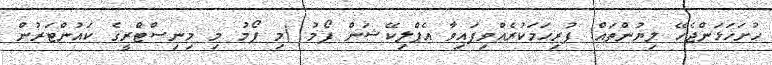
ހުށަހަޅަންޖެހޭ ލިޔުންތައް: ފުރިހަމަކުރެއްވިފައިވާ އެޕްލިކޭޝަން ފޯމު (މި ފޯމު މި މިނިސްޓްރީގެ ކައުންޓަރުން